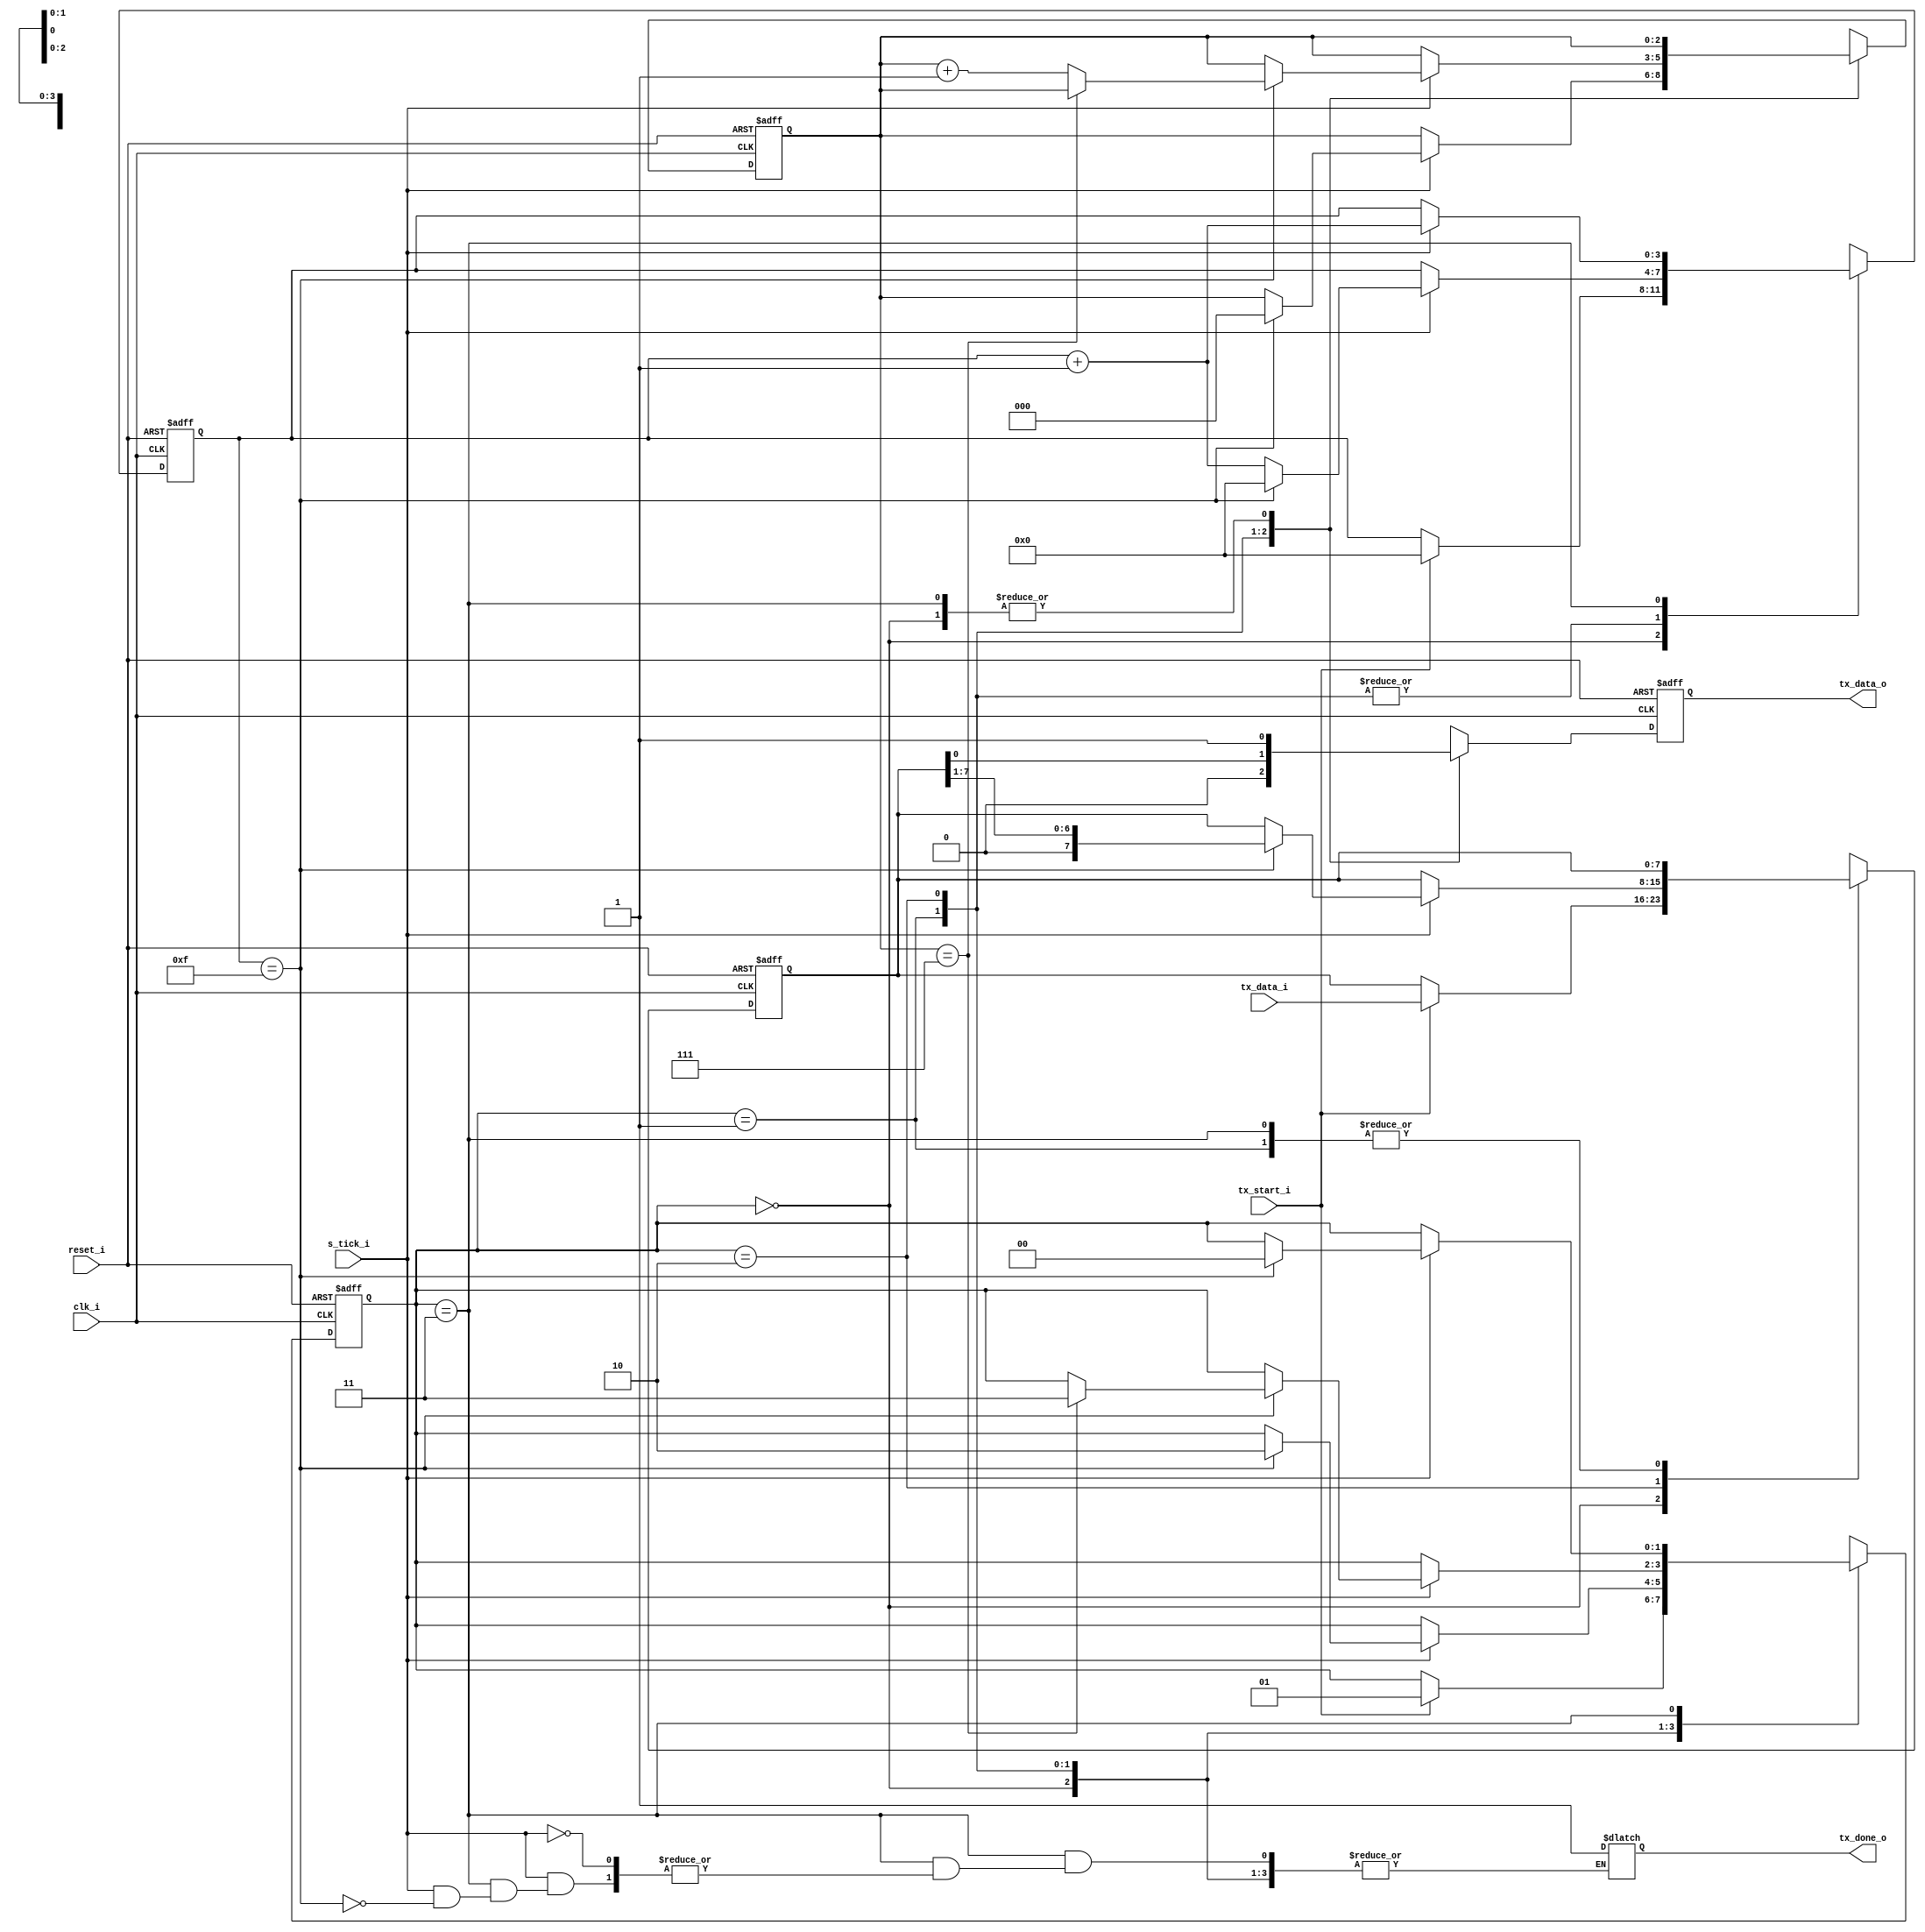

`timescale 1ns/1ns


module tx_fsm 
  #(parameter D_BITS = 8,
    parameter SB_TICK = 16)
  (output 				tx_data_o,
   output 				tx_done_o,
   input  [D_BITS-1:0]  tx_data_i,
   input 		 		clk_i,
   input 				reset_i,
   input 				s_tick_i,
   input 				tx_start_i);
  
  parameter [1:0] IDLE = 2'd0, START = 2'd1, DATA = 2'd2, STOP = 2'd3;
  
  reg [1:0] 		next_state, state;
  reg [3:0] 		s_next, s_reg;
  reg [2:0]		 	bits_next, bits_reg;
  reg [D_BITS-1:0]  shift_bit_next, shift_bit_reg;
  reg 				tx_next, tx_reg;
  reg				tx_done;
  
  always@(posedge clk_i , posedge reset_i) begin
    if(reset_i) begin
      state <= IDLE;
      shift_bit_reg <= 0;
      s_reg <= 0;
      bits_reg <= 0;
      tx_reg <= 0;
    end
    else begin
      state <= next_state;
      shift_bit_reg <= shift_bit_next;
      s_reg <= s_next;
      bits_reg <= bits_next;
      tx_reg <= tx_next;
    end
  end
  
  always@(*) begin
    next_state = state;
    shift_bit_next = shift_bit_reg;
    s_next = s_reg;
    tx_next = tx_reg;
    bits_next = bits_reg;
    case(state) 
      IDLE: begin
        tx_next = 1'b1;
        if(tx_start_i) begin
          next_state = START;
          s_next = 0;
          shift_bit_next = tx_data_i;
        end
      end
      
      START : begin
        tx_next = 1'b0;
        if(s_tick_i) begin
          if(s_reg == 4'd15) begin
            next_state = DATA;
            s_next = 4'd0;
            bits_next = 3'd0;
          end
          else 
          	s_next = s_reg + 1'b1;
        end
      end
      
      DATA : begin
        tx_next = shift_bit_reg[0];
        if(s_tick_i) begin
          if(s_reg == 4'd15) begin
            s_next = 0;
            shift_bit_next = shift_bit_reg >> 1;
            if(bits_reg == D_BITS - 1) 
              next_state = STOP;
            else 
              bits_next = bits_reg + 1'b1;
          end
          else 
            s_next = s_reg + 1'b1;
        end
      end
      
      STOP : begin
        tx_next = 1'b1;
        if(s_tick_i) begin
          if(s_reg == SB_TICK - 1) begin
            tx_done = 1'b1;
            next_state = IDLE;
          end
          s_next = s_reg + 1'b1;
        end
      end
      default : next_state = IDLE;
    endcase
  end
  
  assign tx_done_o = tx_done;
  assign tx_data_o = tx_reg;
endmodule